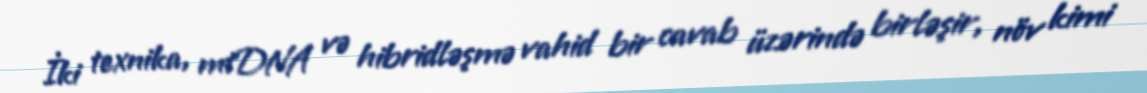
İki texnika, mtDNA və hibridləşmə vahid bir cavab üzərində birləşir, növ kimi